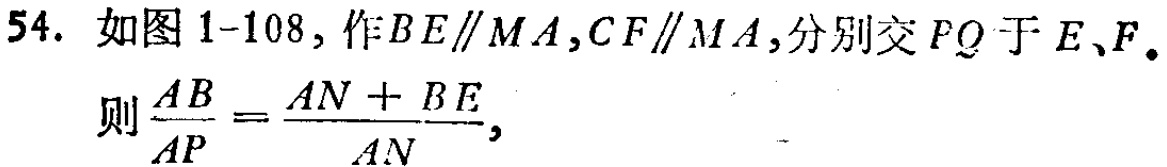
54. 如图1-108, 作\(BE\parallel MA,CF\parallel MA\), 分别交 \(PQ\) 于 \(E、F\).

则\(\frac{AB}{AP}=\frac{AN + BE}{AN}\),